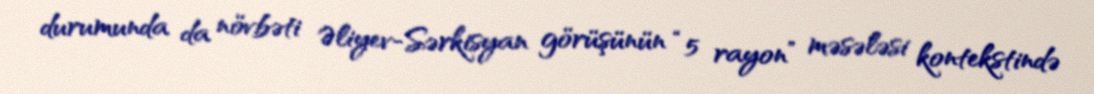
durumunda da növbəti Əliyev-Sərkisyan görüşünün “5 rayon” məsələsi kontekstində